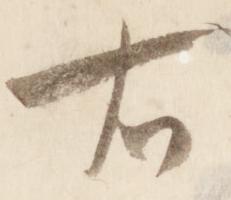
右